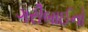
ગરીબાઈનો